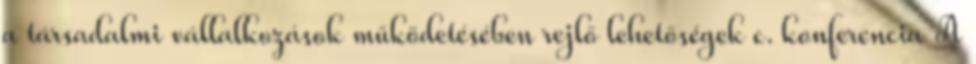
a társadalmi vállalkozások működetésében rejlő lehetőségek c. konferencia A